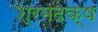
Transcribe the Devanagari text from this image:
श्रमदक्ष